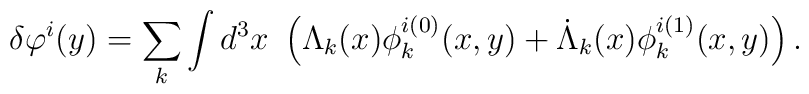
\delta\varphi^i(y)=\sum_{k}\int d^3x \ \left(\Lambda_k(x)\phi^{i(0)}_k(x,y)                    + \dot{\Lambda}_k(x)\phi^{i(1)}_k(x,y)\right).